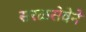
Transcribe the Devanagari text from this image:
सरळसेवेने